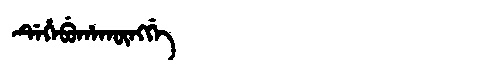
Manchu: ᡩᡝᡥᡝᠪᡠᡥᠠᡴᡡᠩᡤᡝ
Romanization: DEHEBUHAKŪNGGE